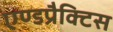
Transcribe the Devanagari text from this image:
एण्डप्रैक्टिस